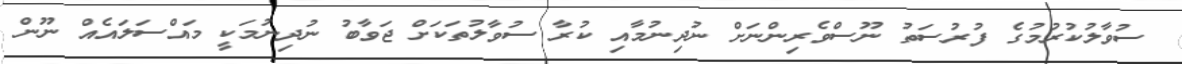
ސުވާލުކުރުމުގެ ފުރުސަތު ނޫސްވެރިންނަށް ނުދިނުމާއި ކުރާ ސުވާލުތަކަށް ޖަވާބު ނުދިނުމަކީ މައްސަލައެއް ނޫން